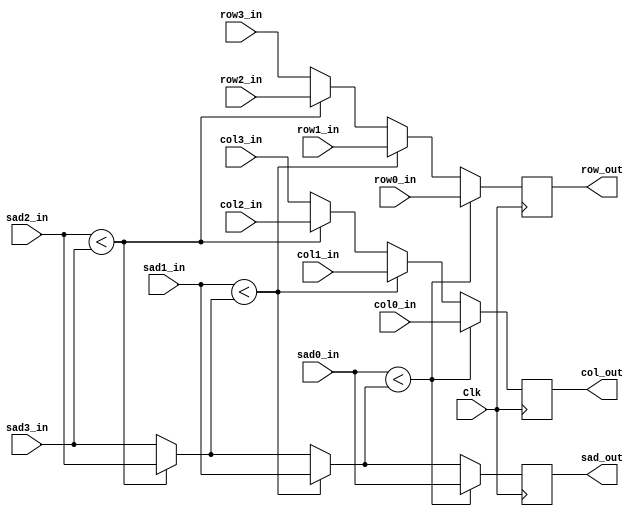
`timescale 1ns / 1ps

module sorter_4input #(
    parameter DATA_WIDTH = 16,
    parameter INPUT_WIDTH = 8)
    (
    input Clk,
        
    input [INPUT_WIDTH-1:0] row0_in,
    input [INPUT_WIDTH-1:0] col0_in,
    input [DATA_WIDTH-1:0] sad0_in,
    
    input [INPUT_WIDTH-1:0] row1_in,
    input [INPUT_WIDTH-1:0] col1_in,
    input [DATA_WIDTH-1:0] sad1_in,

    input [INPUT_WIDTH-1:0] row2_in,
    input [INPUT_WIDTH-1:0] col2_in,
    input [DATA_WIDTH-1:0] sad2_in,

    input [INPUT_WIDTH-1:0] row3_in,
    input [INPUT_WIDTH-1:0] col3_in,
    input [DATA_WIDTH-1:0] sad3_in,
    
    output reg [INPUT_WIDTH-1:0] row_out,
    output reg [INPUT_WIDTH-1:0] col_out,
    output reg [DATA_WIDTH-1:0] sad_out
    );
    
    always @(posedge Clk) begin 

        sad_out = sad3_in;
        col_out = col3_in;
        row_out = row3_in;
        
        if (sad2_in < sad_out) begin 
            sad_out = sad2_in;
            col_out = col2_in;
            row_out = row2_in;
            end
            
        if (sad1_in < sad_out) begin 
            sad_out = sad1_in;
            col_out = col1_in;
            row_out = row1_in;
            end
        
        if (sad0_in < sad_out) begin 
            sad_out = sad0_in;
            col_out = col0_in;
            row_out = row0_in;

            end
            
        end
//    reg [INPUT_WIDTH-1:0] row0;
//    reg [INPUT_WIDTH-1:0] col0;
//    reg [DATA_WIDTH-1:0] sad0;

//    reg [INPUT_WIDTH-1:0] row1;
//    reg [INPUT_WIDTH-1:0] col1;
//    reg [DATA_WIDTH-1:0] sad1;
    
//    reg [INPUT_WIDTH-1:0] row2;
//    reg [INPUT_WIDTH-1:0] col2;
//    reg [DATA_WIDTH-1:0] sad2;
    
//    reg [INPUT_WIDTH-1:0] row3;
//    reg [INPUT_WIDTH-1:0] col3;
//    reg [DATA_WIDTH-1:0] sad3;
    
//    reg [INPUT_WIDTH-1:0] winner_row;
//    reg [INPUT_WIDTH-1:0] winner_col;
//    reg [DATA_WIDTH-1:0] winner_sad; 
    
//    always @(posedge Clk) begin 

//        sad3 <= sad3_in;
//        col3 <= col3_in;
//        row3 <= row3_in;
        
//        sad2 <= sad2_in;
//        col2 <= col2_in;
//        row2 <= row2_in;
        
//        sad1 <= sad1_in;
//        col1 <= col1_in;
//        row1 <= row1_in;
        
//        sad0 <= sad0_in;
//        col0 <= col0_in;
//        row0 <= row0_in;
//        end
        
//    always @(row0, col0, sad0, row1, col1, sad1, row2, col2, sad2, row3, col3, sad3) begin
//        winner_sad = sad3;
//        winner_col = col3;
//        winner_row = row3;
        
//        if (sad2 < winner_sad) begin 
//            winner_sad = sad0;
//            winner_col = col0;
//            winner_row = row0;
//            end
        
//        if (sad1 < winner_sad) begin 
//            winner_sad = sad0;
//            winner_col = col0;
//            winner_row = row0;
//            end
            
//        if (sad0 < winner_sad) begin 
//            winner_sad = sad0;
//            winner_col = col0;
//            winner_row = row0;
//            end
             
//        end
        
//    always @(negedge Clk) begin 
//        winner_sad <= sad_out;
//        winner_col <= col_out;
//        winner_row <= row_out;
//        end
        
    
        
        
endmodule

module sorter_2input #(
    parameter DATA_WIDTH = 16,
    parameter INPUT_WIDTH = 8)
    (
    input clk,
    input [INPUT_WIDTH-1:0] row0_in,
    input [INPUT_WIDTH-1:0] col0_in,
    input [DATA_WIDTH-1:0] sad0_in,
    
    input [INPUT_WIDTH-1:0] row1_in,
    input [INPUT_WIDTH-1:0] col1_in,
    input [DATA_WIDTH-1:0] sad1_in,
    
    output reg [INPUT_WIDTH-1:0] row_out,
    output reg [INPUT_WIDTH-1:0] col_out,
    output reg [DATA_WIDTH-1:0] sad_out
    );
    
    initial begin
        sad_out = 0;
        col_out = 0;
        row_out = 0;
        end
        
    always @(posedge clk) begin 

        sad_out = sad1_in;
        col_out = col1_in;
        row_out = row1_in;
        
        if (sad0_in < sad_out) begin 
            sad_out = sad0_in;
            col_out = col0_in;
            row_out = row0_in;

            end
            
        end
endmodule